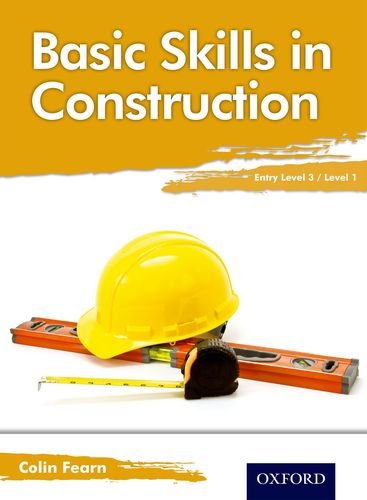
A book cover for Basic Skills in Construction Entry Level 3 / Level 1; Colin Fearn; Teen & Young Adult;